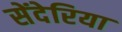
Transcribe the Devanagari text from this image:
सेंदेरिया